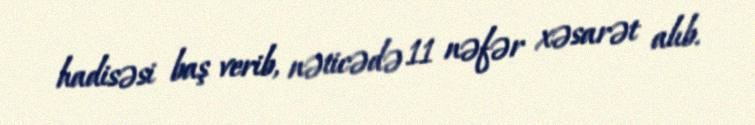
hadisəsi baş verib, nəticədə 11 nəfər xəsarət alıb.